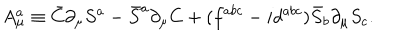
LaTeX: A _ { \mu } ^ { a } \equiv \bar { C } \partial _ { \mu } S ^ { a } - \bar { S } ^ { a } \partial _ { \mu } C + ( { f } ^ { a b c } - i { d } ^ { a b c } ) \bar { S } _ { b } \partial _ { \mu } { S } _ { c } .